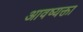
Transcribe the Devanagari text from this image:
आवष्यक्ता